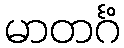
မာတင်္ဂံ